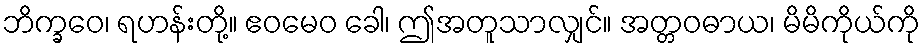
ဘိက္ခဝေ၊ ရဟန်းတို့။ ဧဝမေဝ ခေါ၊ ဤအတူသာလျှင်။ အတ္တဝဓာယ၊ မိမိကိုယ်ကို